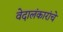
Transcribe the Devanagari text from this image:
वेदालंकारांचे